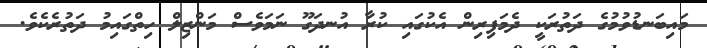
މައިބަނޑުވުމުގެ ދަތުރަކީ ދެމަފިރިން އެކުގައި ކުރާ އުނދަގޫ ނަމަވެސް މަންޒިލް ހިތްގައިމު ދަތުރެކެވެ.